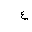
Letter: _ayn